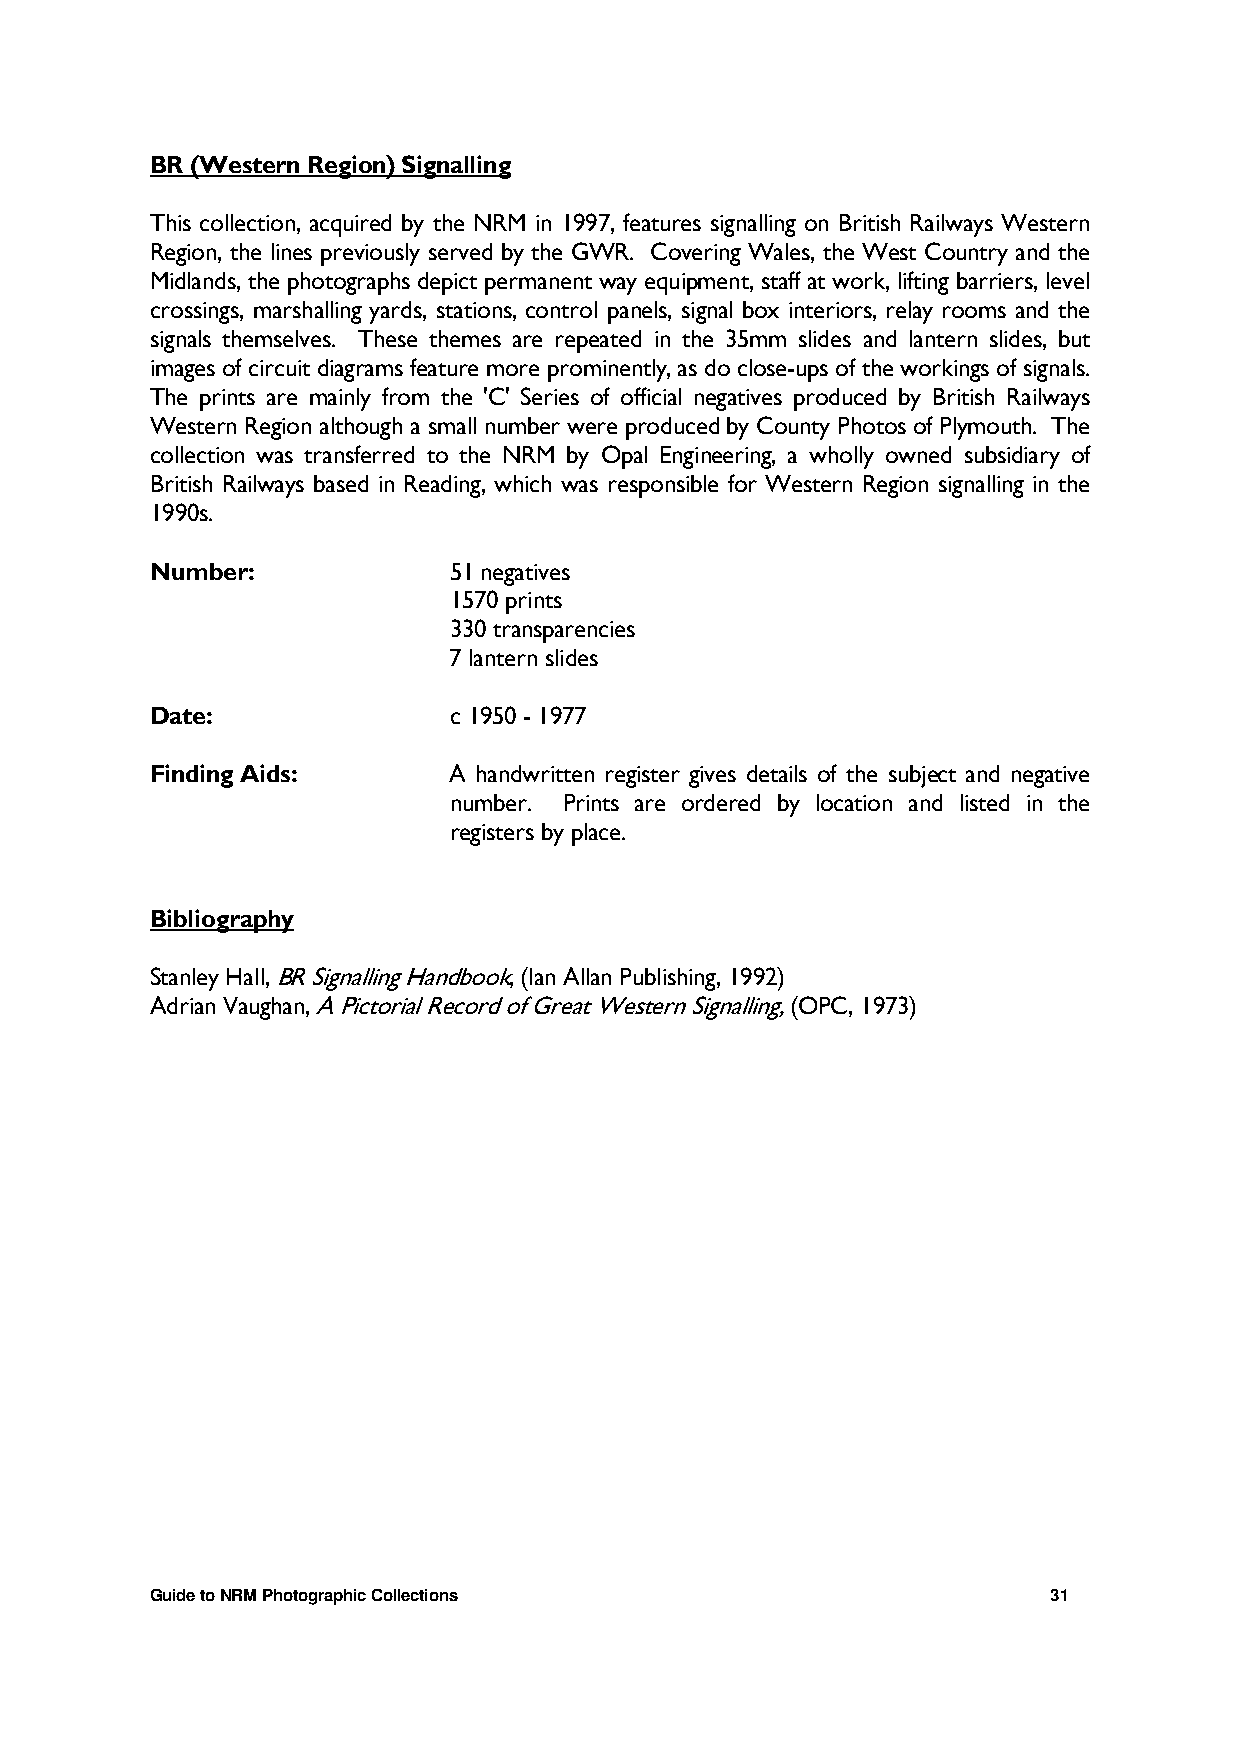
BR (Western Region) Signalling
 This collection, acquired by the NRM in 1997, features signalling on British Railways Western
 Region, the lines previously served by the GWR. Covering Wales, the West Country and the
 Midlands, the photographs depict permanent way equipment, staff at work, lifting barriers, level
 crossings, marshalling yards, stations, control panels, signal box interiors, relay rooms and the
 signals themselves. These themes are repeated in the 35mm slides and lantern slides, but
 images of circuit diagrams feature more prominently, as do close-ups of the workings of signals.
 The prints are mainly from the 'C' Series of official negatives produced by British Railways
 Western Region although a small number were produced by County Photos of Plymouth. The
 collection was transferred to the NRM by Opal Engineering, a wholly owned subsidiary of
 British Railways based in Reading, which was responsible for Western Region signalling in the
 1990s.
 Number:             51 negatives
 1570 prints
 330 transparencies
 7 lantern slides
 Date:               c 1950 - 1977
 Finding Aids:       A handwritten register gives details of the subject and negative
 number. Prints are ordered by location and listed in the
 registers by place.
 Bibliography
 Stanley Hall, BR Signalling Handbook, (Ian Allan Publishing, 1992)
 Adrian Vaughan, A Pictorial Record of Great Western Signalling, (OPC, 1973)
 Guide to NRM Photographic Collections                       31